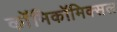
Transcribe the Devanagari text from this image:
काॅमिकॉमिक्सल